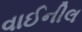
વાઈનીલ